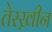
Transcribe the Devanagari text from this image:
तेरख़ीन